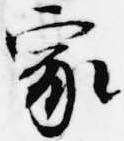
家